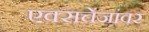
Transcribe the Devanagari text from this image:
एक्सचेंजांवर